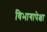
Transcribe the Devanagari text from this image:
विभागापेक्षा